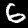
Label: 6